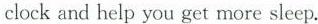
clock and help you get more sleep.